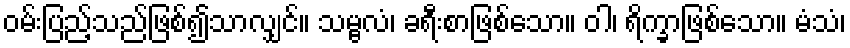
ဝမ်းပြည့်သည်ဖြစ်၍သာလျှင်။ သမ္ဗလံ၊ ခရီးစာဖြစ်သော။ ဝါ၊ ရိက္ခာဖြစ်သော။ မံသံ၊